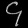
Digit: ၄